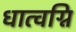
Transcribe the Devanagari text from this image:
धात्वग्नि